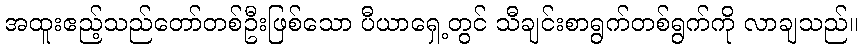
အထူးဧည့်သည်တော်တစ်ဦးဖြစ်သော ပီယာရှေ့တွင် သီချင်းစာရွက်တစ်ရွက်ကို လာချသည်။